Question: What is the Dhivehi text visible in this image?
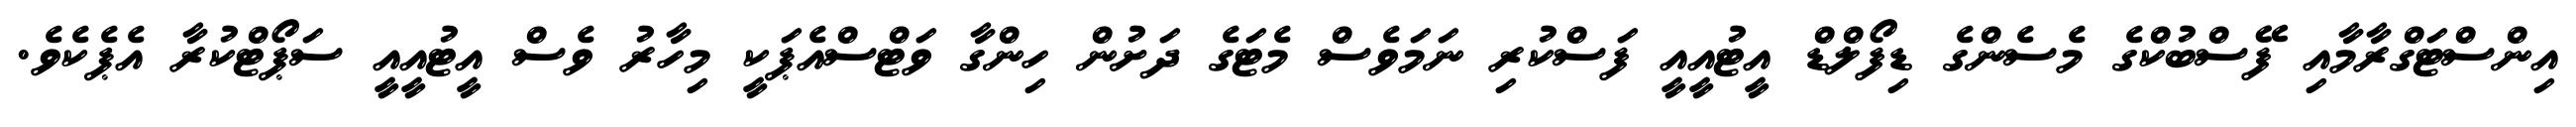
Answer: އިންސްޓަގްރާމާއި ފޭސްބުކްގެ މެސެންގެ ޑިފޯލްޑް އީޓުއީއީ ފަސްކުރި ނަމަވެސް މެޓަގެ ދަށުން ހިންގާ ވަޓްސްއެޕަކީ މިހާރު ވެސް އީޓުއީއީ ސަޕޯޓްކުރާ އެޕެކެވެ.